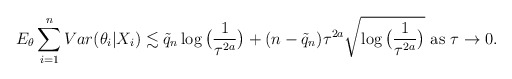
\begin{align*}E_{\theta} \sum_{i=1}^{n} Var(\theta_{i}|X_i) \lesssim \tilde{q}_n\log\big(\frac{1}{\tau^{2a}}\big)+(n-\tilde{q}_n)\tau^{2a}\sqrt{\log\big(\frac{1}{\tau^{2a}}\big)} \mbox{ as } \tau \rightarrow 0. \end{align*}